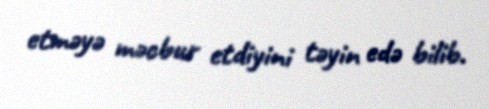
etməyə məcbur etdiyini təyin edə bilib.